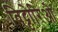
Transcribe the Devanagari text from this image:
विट्टोरिओ